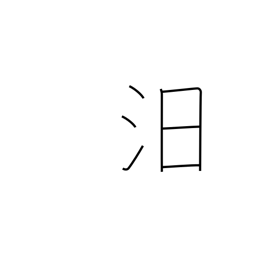
Meaning: to sink